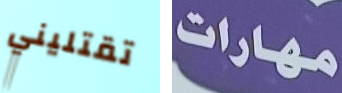
تقتليني مهارات